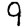
Digit: 9